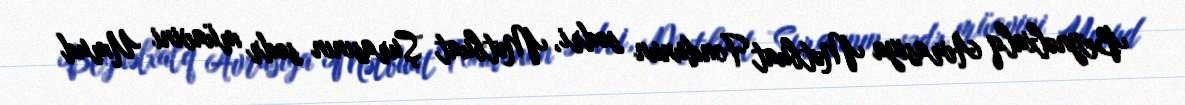
Beynəlxalq Avrasiya Mətbuat Fondunun sədri, Mətbuat Şurasının sədr müavini Umud